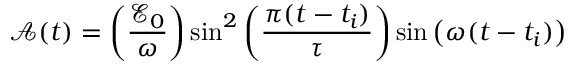
\mathcal { A } ( t ) = \left( \frac { { { \mathcal { E } } _ { 0 } } } { \omega } \right) { { \sin } ^ { 2 } } \left( \frac { \pi ( t - { { t } _ { i } } ) } { \tau } \right) \sin \left( \omega ( t - { { t } _ { i } } ) \right)